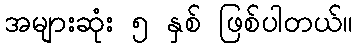
အများဆုံး ၅ နှစ် ဖြစ်ပါတယ်။